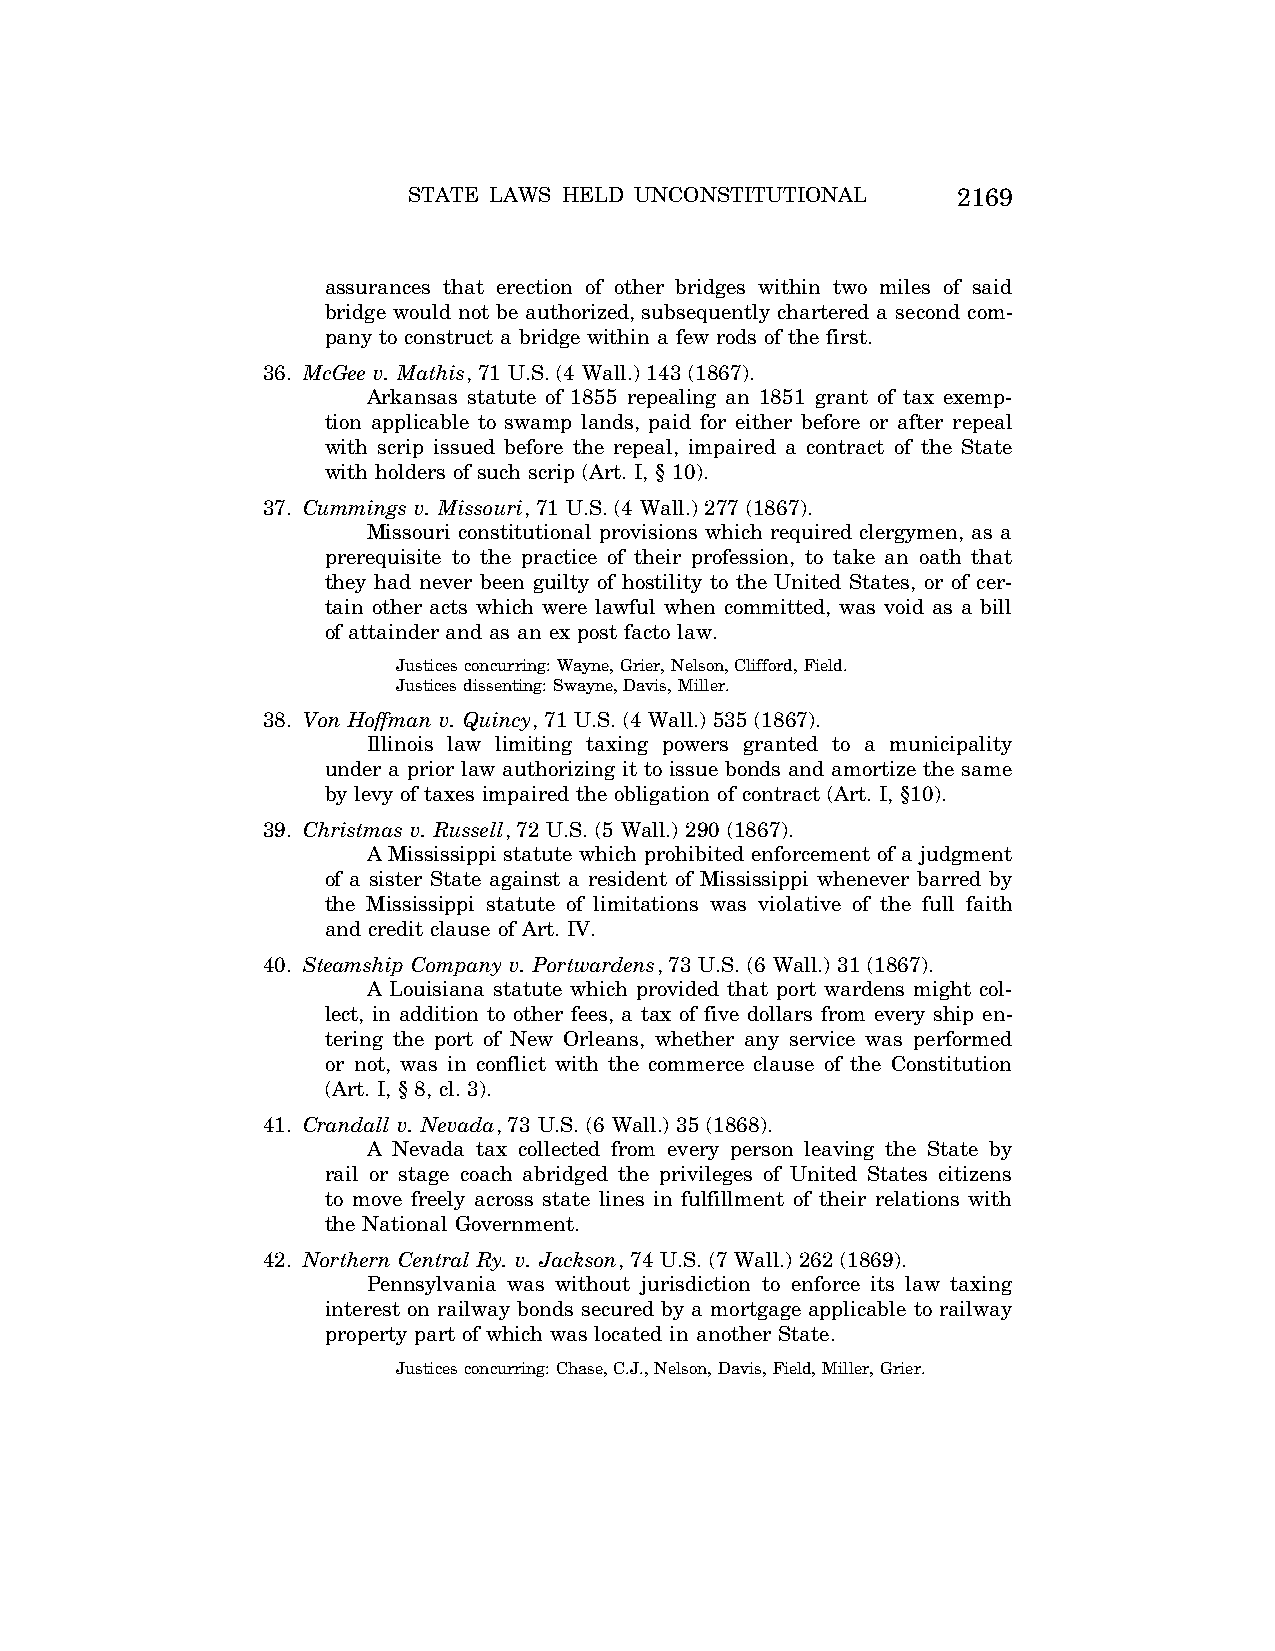
STATE LAWS HELD UNCONSTITUTIONAL    2169
 assurances that erection of other bridges within two miles of said
 bridge would not be authorized, subsequently chartered a second com-
 pany to construct a bridge within a few rods of the first.
 36. McGee v. Mathis, 71 U.S. (4 Wall.) 143 (1867).
 Arkansas statute of 1855 repealing an 1851 grant of tax exemp-
 tion applicable to swamp lands, paid for either before or after repeal
 with scrip issued before the repeal, impaired a contract of the State
 with holders of such scrip (Art. I, § 10).
 37. Cummings v. Missouri, 71 U.S. (4 Wall.) 277 (1867).
 Missouri constitutional provisions which required clergymen, as a
 prerequisite to the practice of their profession, to take an oath that
 they had never been guilty of hostility to the United States, or of cer-
 tain other acts which were lawful when committed, was void as a bill
 of attainder and as an ex post facto law.
 Justices concurring: Wayne, Grier, Nelson, Clifford, Field.
 Justices dissenting: Swayne, Davis, Miller.
 38. Von Hoffman v. Quincy, 71 U.S. (4 Wall.) 535 (1867).
 Illinois law limiting taxing powers granted to a municipality
 under a prior law authorizing it to issue bonds and amortize the same
 by levy of taxes impaired the obligation of contract (Art. I, §10).
 39. Christmas v. Russell, 72 U.S. (5 Wall.) 290 (1867).
 A Mississippi statute which prohibited enforcement of a judgment
 of a sister State against a resident of Mississippi whenever barred by
 the Mississippi statute of limitations was violative of the full faith
 and credit clause of Art. IV.
 40. Steamship Company v. Portwardens, 73 U.S. (6 Wall.) 31 (1867).
 A Louisiana statute which provided that port wardens might col-
 lect, in addition to other fees, a tax of five dollars from every ship en-
 tering the port of New Orleans, whether any service was performed
 or not, was in conflict with the commerce clause of the Constitution
 (Art. I, § 8, cl. 3).
 41. Crandall v. Nevada, 73 U.S. (6 Wall.) 35 (1868).
 A Nevada tax collected from every person leaving the State by
 rail or stage coach abridged the privileges of United States citizens
 to move freely across state lines in fulfillment of their relations with
 the National Government.
 42. Northern Central Ry. v. Jackson, 74 U.S. (7 Wall.) 262 (1869).
 Pennsylvania was without jurisdiction to enforce its law taxing
 interest on railway bonds secured by a mortgage applicable to railway
 property part of which was located in another State.
 Justices concurring: Chase, C.J., Nelson, Davis, Field, Miller, Grier.
 VerDate Aug<04>2004 12:57 Aug 23, 2004 Jkt 077500 PO 00000 Frm 00009 Fmt 8222 Sfmt 8222 C:\CONAN\CON064.SGM PRFM99 PsN: CON064